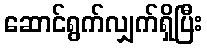
ဆောင်ရွက်လျှက်ရှိပြီး